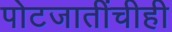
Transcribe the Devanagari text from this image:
पोटजातींचीही